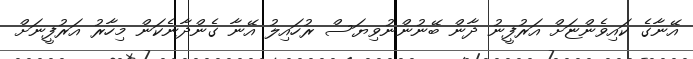
އޭނާގެ ކައިވެންޏަށް އަރުފީނު ދާން ބޭނުންނުވިޔަސް ރުހައިލު އޭނާ ގެންދާނެކަން މިހާރު އަރުފީނަށް